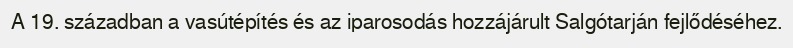
A 19. században a vasútépítés és az iparosodás hozzájárult Salgótarján fejlődéséhez.